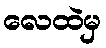
လေထဲမှ